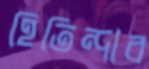
হিতিন্দার